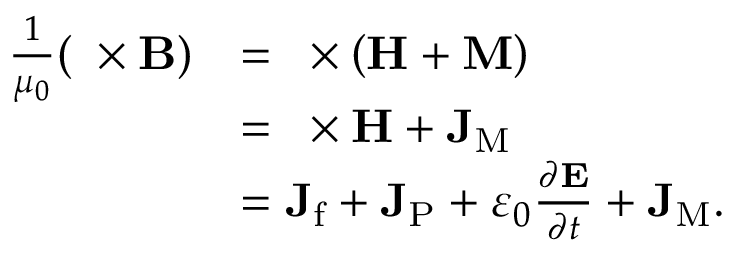
{ \begin{array} { r l } { { \frac { 1 } { \mu _ { 0 } } } ( \mathbf { \nabla } \times \mathbf { B } ) } & { = \mathbf { \nabla } \times \left( \mathbf { H } + \mathbf { M } \right) } \\ & { = \mathbf { \nabla } \times \mathbf { H } + \mathbf { J } _ { \mathrm { M } } } \\ & { = \mathbf { J } _ { \mathrm { f } } + \mathbf { J } _ { \mathrm { P } } + \varepsilon _ { 0 } { \frac { \partial \mathbf { E } } { \partial t } } + \mathbf { J } _ { \mathrm { M } } . } \end{array} }